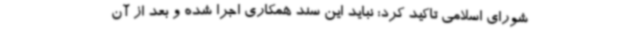
شورای اسلامی تاکید کرد: نباید این سند همکاری اجرا شده و بعد از آن